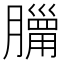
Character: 𦡓